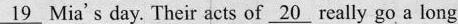
\underline{19} Mia's day. Their acts of \underline{20} really go a long